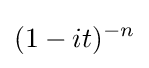
(1-it)^{-n}